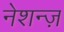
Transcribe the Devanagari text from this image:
नेशन्ज़